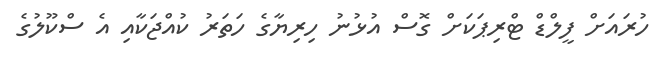
ހުރައަށް ފީލްޑް ޓްރިޕަކަށް ގޮސް އުޅުނު ހިރިޔާގެ ހަތަރު ކުއްޖަކާއި އެ ސްކޫލުގެ